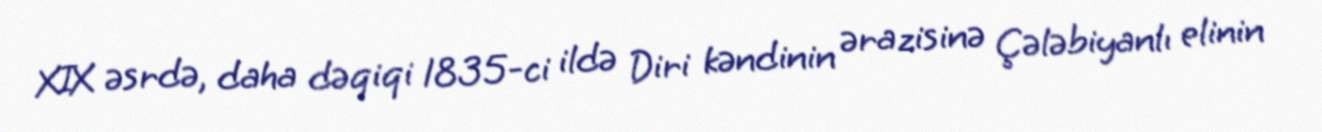
XIX əsrdə, daha dəqiqi 1835-ci ildə Diri kəndinin ərazisinə Çələbiyanlı elinin